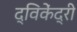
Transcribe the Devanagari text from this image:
द्विकेंद्री